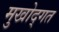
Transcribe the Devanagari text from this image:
मुखोद्गत